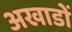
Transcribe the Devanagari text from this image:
अखाडों